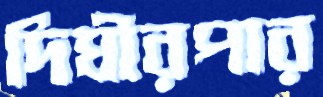
দিঘীরপার